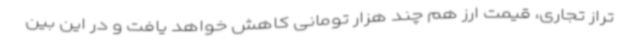
تراز تجاری، قیمت ارز هم چند هزار تومانی کاهش خواهد یافت و در این بین